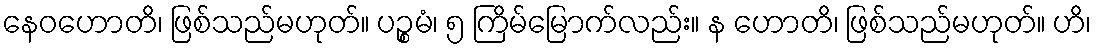
နေဝဟောတိ၊ ဖြစ်သည်မဟုတ်။ ပဉ္စမံ၊ ၅ ကြိမ်မြောက်လည်း။ န ဟောတိ၊ ဖြစ်သည်မဟုတ်။ ဟိ၊